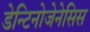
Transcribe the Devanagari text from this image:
डेन्टिनोजेनेसिस